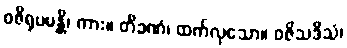
ဝဇိရုပမန္တိ၊ ကား။ တိခဏံ၊ ထက်လှသော။ ဝဇိသဒိသံ၊